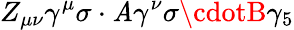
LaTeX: Z_{\mu\nu}\gamma^{\mu}\sigma\cdot\mathit{A}\gamma^{\nu}\sigma\cdotB\gamma_{5}